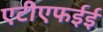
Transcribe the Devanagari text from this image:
एटीएफईई